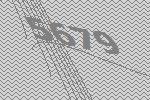
5679